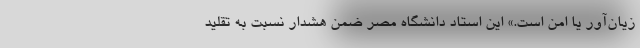
زیان‌آور یا امن است.» این استاد دانشگاه مصر ضمن هشدار نسبت به تقلید